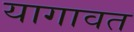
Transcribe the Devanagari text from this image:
यागावत